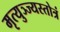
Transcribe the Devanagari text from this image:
मृत्युञ्ज्यस्तोत्रं